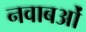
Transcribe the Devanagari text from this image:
नवाबओं